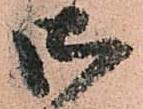
御